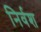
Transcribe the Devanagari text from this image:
निर्वश